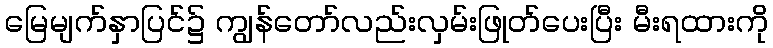
မြေမျက်နှာပြင်၌ ကျွန်တော်လည်းလှမ်းဖြုတ်ပေးပြီး မီးရထားကို